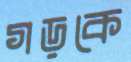
গড়কে